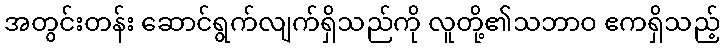
အတွင်းတန်း ဆောင်ရွက်လျက်ရှိသည်ကို လူတို့၏သဘာဝ ဧကရှိသည့်